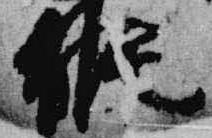
候